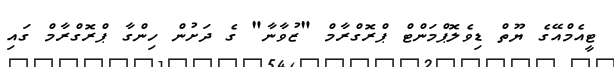
ޓީއެމްއޭގެ ޔޫތް ޑިވެލޮޕްމަންޓް ޕްރޮގްރާމް "ޒުވާނާ" ގެ ދަށުން ހިންގާ ޕްރޮގްރާމް ގައި